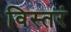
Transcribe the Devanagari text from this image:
विस्तरं